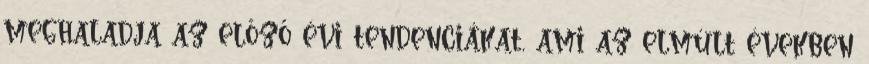
meghaladja az előző évi tendenciákat, ami az elmúlt években